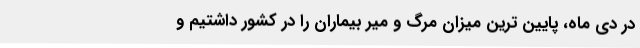
در دی ماه، پایین ترین میزان مرگ و میر بیماران را در کشور داشتیم و